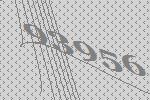
93956